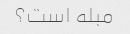
مبله است؟